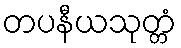
တပနီယသုတ္တံ